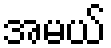
အမယ်